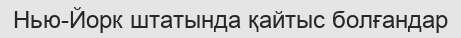
Нью-Йорк штатында қайтыс болғандар